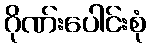
ဂိုဏ်းပေါင်းစုံ